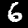
Digit: 6